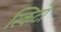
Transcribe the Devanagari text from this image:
स्किर्टों